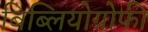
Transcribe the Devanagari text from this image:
बिब्लियोग्रोफी